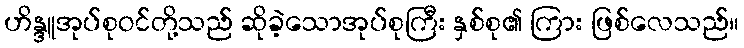
ဟိန္ဒူအုပ်စုဝင်တို့သည် ဆိုခဲ့သောအုပ်စုကြီး နှစ်စု၏ ကြား ဖြစ်လေသည်။